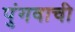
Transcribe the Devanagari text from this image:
पुंगवाची